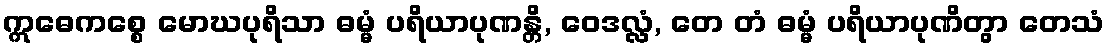
ဣဓေကစ္စေ မောဃပုရိသာ ဓမ္မံ ပရိယာပုဏန္တိ, ဝေဒလ္လံ, တေ တံ ဓမ္မံ ပရိယာပုဏိတွာ တေသံ